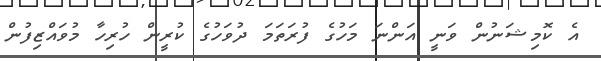
އެ ކޮމިޝަނުން ވަނީ އަންނަ މަހުގެ ފުރަތަމަ ދުވަހުގެ ކުރީން ހުރިހާ މުވައްޒިފުން